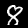
Digit: 8